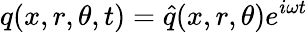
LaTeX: q(x,r,\theta,t)=\hat{q}(x,r,\theta)e^{i\omega t}